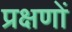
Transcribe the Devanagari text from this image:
प्रक्षणों